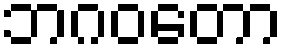
ဘဂဝတော